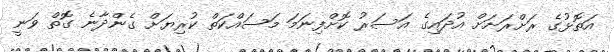
އަތޮޅުގެ ރަށްރަށަށް އުދައިގެ އަސަރު ކޮށްފިނަމަ މަސައްކަތް ކުރިޔަށް ގެންދާނެ ގޮތް ވަނީ